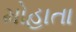
મોહાતા